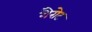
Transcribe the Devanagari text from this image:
गैरोट